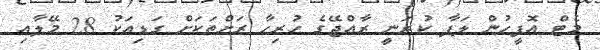
މެޓް އޮފީހުން ލަފާ ކުރަނީ ރާއްޖޭގެ ހުރިހާ ރަށްތަކަށް ގަޑިއަކު 28 މޭލާއި